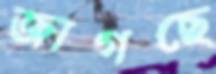
জাগছে